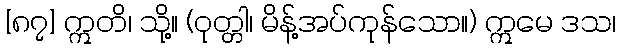
[၈၇] ဣတိ၊ သို့။ (ဝုတ္တါ၊ မိန့်အပ်ကုန်သော။) ဣမေ ဒသ၊